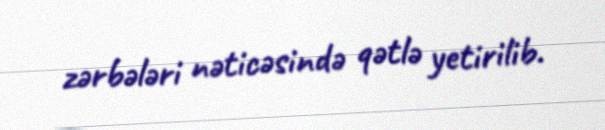
zərbələri nəticəsində qətlə yetirilib.